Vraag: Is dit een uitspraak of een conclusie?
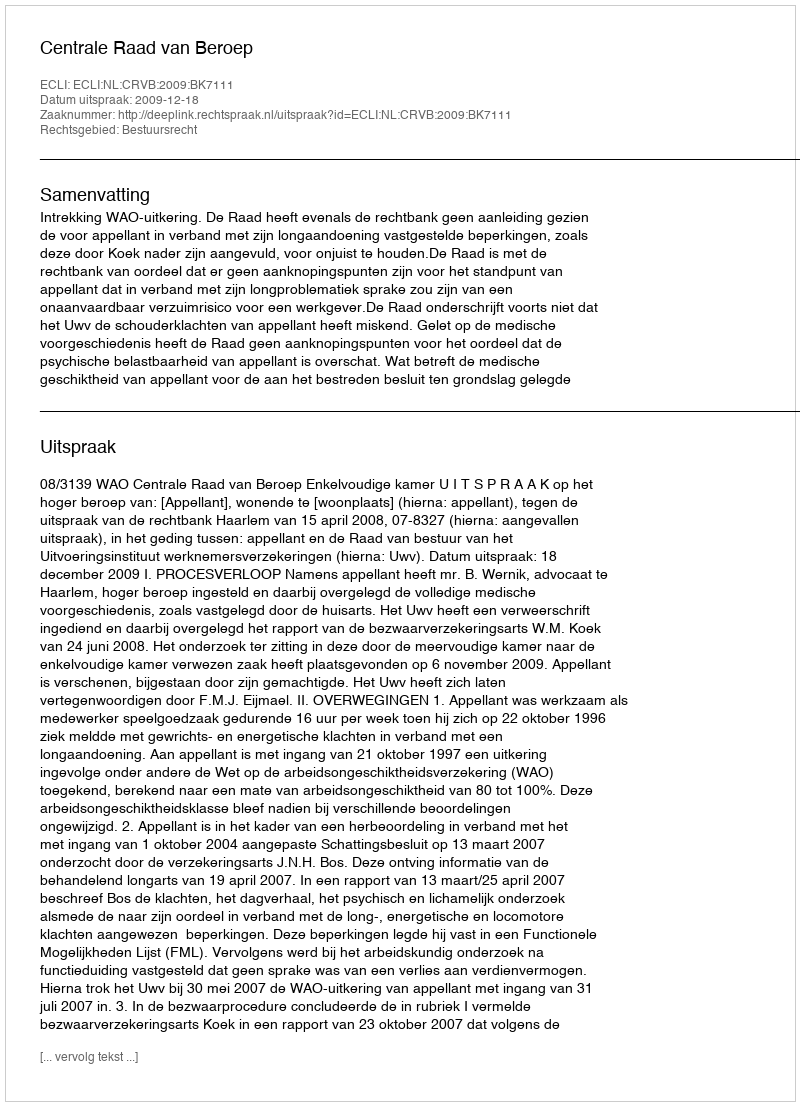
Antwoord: Uitspraak